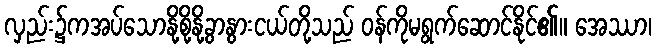
လှည်း၌ကအပ်သောနို့စို့နို့ခွာနွားငယ်တို့သည် ဝန်ကိုမရွက်ဆောင်နိုင်၏။ အေဿာ၊